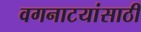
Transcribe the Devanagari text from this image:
वगनाटयांसाठी